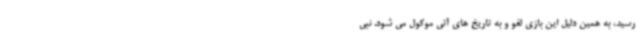
رسید، به همین دلیل این بازی لغو و به تاریخ های آتی موکول می شود. نبی